Report on the lunatic asylums under the Government of Bombay - 1904-1913
Year: 1904
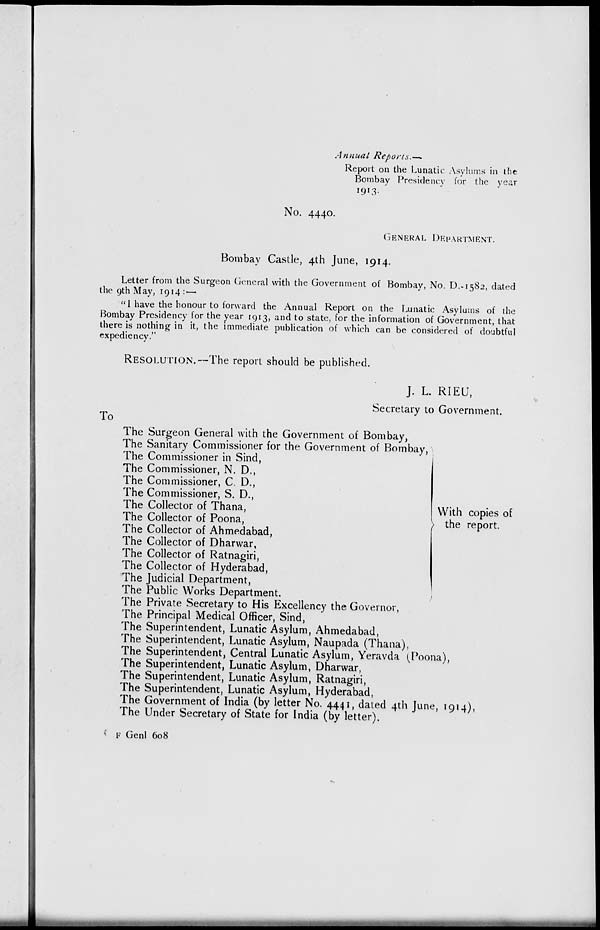
Annual Reports.—
Report on the Lunatic Asylums in the
Bombay Presidency for the year
1913.
No. 4440.
GENERAL DEPARTMENT.
Bombay Castle, 4th June, 1914.
Letter from the Surgeon General with the Government of Bombay, No. D.-1582, dated
the 9th May, 1914 : —
" I have the honour to forward the Annual Report on the Lunatic Asylums of the
Bombay Presidency for the year 1913, and to state, for the information of Government, that
there is nothing in it, the immediate publication of which can be considered of doubtful
expediency."
RESOLUTION.—The report should be published.
J. L. RIEU,
Secretary to Government.
To
The Surgeon General with the Government of Bombay,
The Sanitary Commissioner for the Government of Bombay,
The Commissioner in Sind,
The Commissioner, N. D.,
The Commissioner, C. D.,
The Commissioner, S. D.,
The Collector of Thana,
The Collector of Poona,
The Collector of Ahmedabad,
The Collector of Dharwar,
The Collector of Ratnagiri,
The Collector of Hyderabad,
The Judicial Department,
The Public Works Department.
With copies of
the report.
The Private Secretary to His Excellency the Governor,
The Principal Medical Officer, Sind,
The Superintendent, Lunatic Asylum, Ahmedabad,
The Superintendent, Lunatic Asylum, Naupada (Thana),
The Superintendent, Central Lunatic Asylum, Yeravda (Poona),
The Superintendent, Lunatic Asylum, Dharwar,
The Superintendent, Lunatic Asylum, Ratnagiri,
The Superintendent, Lunatic Asylum, Hyderabad,
The Government of India (by letter No. 4441, dated 4th June, 1914),
The Under Secretary of State for India (by letter).
F Genl 608